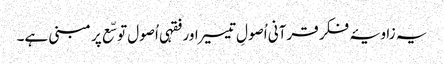
یہ زاویۂ فکر قرآنی اُصولِ تیسیر اور فقہی اُصول توسّع پر مبنی ہے۔